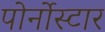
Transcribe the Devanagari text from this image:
पोर्नोस्टार